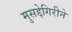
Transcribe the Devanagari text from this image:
मुसद्देगिरीने